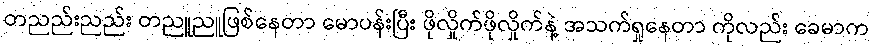
တညည်းညည်း တညူညူဖြစ်နေတာ မောပန်းပြီး ဖိုလှိုက်ဖိုလှိုက်နဲ့ အသက်ရှုနေတာ ကိုလည်း ခေမာက